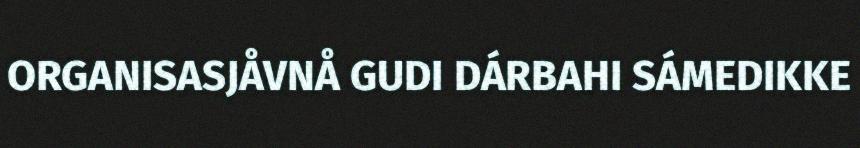
ORGANISASJÅVNÅ GUDI DÁRBAHI SÁMEDIKKE